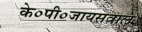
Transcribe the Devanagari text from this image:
के०पी०जायसवाल